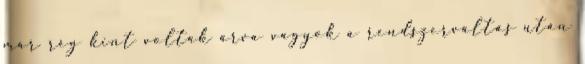
már rég kint voltak árva vagyok a rendszerváltás után